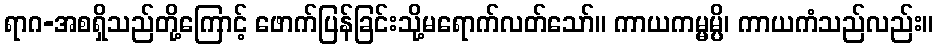
ရာဂ-အစရှိသည်တို့ကြောင့် ဖောက်ပြန်ခြင်းသို့မရောက်လတ်သော်။ ကာယကမ္မမ္ပိ၊ ကာယကံသည်လည်း။